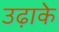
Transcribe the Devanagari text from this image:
उढ़ाके